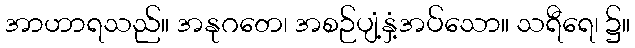
အာဟာရသည်။ အနုဂတေ၊ အစဉ်ပျံ့နှံ့အပ်သော။ သရီရေ၊ ၌။